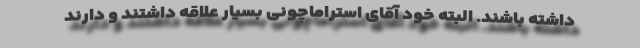
داشته باشند. البته خود آقای استراماچونی بسیار علاقه داشتند و دارند